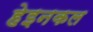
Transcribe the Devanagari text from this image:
हेइनकल